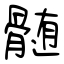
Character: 髄